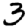
Digit: 3